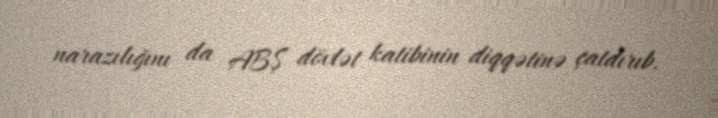
narazılığını da ABŞ dövlət katibinin diqqətinə çatdırıb.